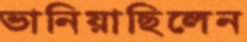
ভানিয়াছিলেন